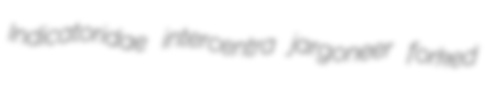
Indicatoridae intercentra jargoneer forked